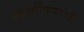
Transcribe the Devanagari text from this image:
स्वार्थीपणाचा